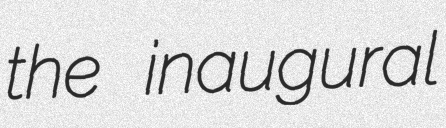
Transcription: the inaugural